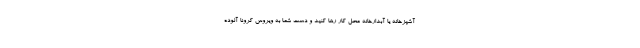
آشپزخانه یا آبدارخانه محل کار رها کنید و دست شما به ویروس کرونا آلوده